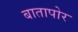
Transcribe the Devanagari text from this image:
बातापोर